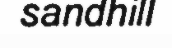
sandhill